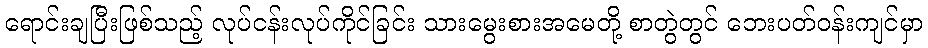
ရောင်းချပြီးဖြစ်သည့် လုပ်ငန်းလုပ်ကိုင်ခြင်း သားမွေးစားအမေတို့ စာတွဲတွင် ဘေးပတ်ဝန်းကျင်မှာ